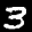
Label: 3